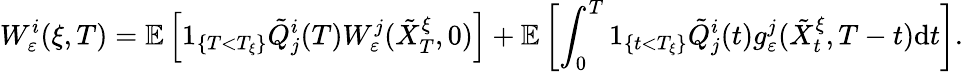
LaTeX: W_{\varepsilon}^{i}(\xi,T)=\mathbb{E}\left[1_{\{ T<T_{\xi}\} }\tilde{Q}_{j}^{i}(T)W_{\varepsilon}^{j}(\tilde{X}_{T}^{\xi},0)\right]+\mathbb{E}\left[\int_{0}^{T}1_{\{ t<T_{\xi}\} }\tilde{Q}_{j}^{i}(t)g_{\varepsilon}^{j}(\tilde{X}_{t}^{\xi},T-t)\textrm{d}t\right].